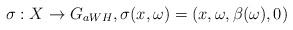
LaTeX: \begin{align*}\sigma:X \to G_{aWH}, \sigma(x,\omega) = (x,\omega, \beta(\omega), 0)\end{align*}